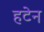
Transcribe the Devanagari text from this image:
हटेन